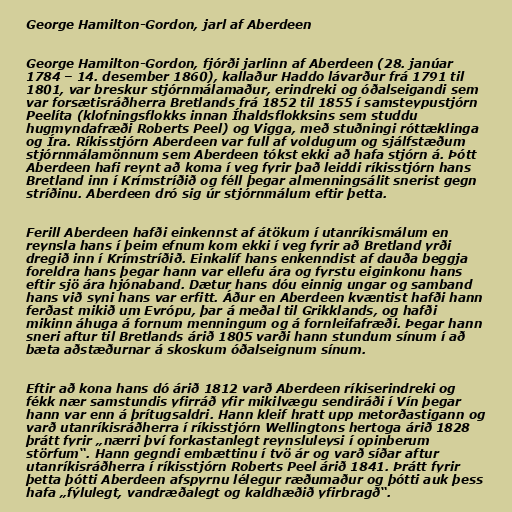
George Hamilton-Gordon, jarl af Aberdeen

George Hamilton-Gordon, fjórði jarlinn af Aberdeen (28. janúar
1784 – 14. desember 1860), kallaður Haddo lávarður frá 1791 til
1801, var breskur stjórnmálamaður, erindreki og óðalseigandi sem
var forsætisráðherra Bretlands frá 1852 til 1855 í samsteypustjórn
Peelíta (klofningsflokks innan Íhaldsflokksins sem studdu
hugmyndafræði Roberts Peel) og Vigga, með stuðningi róttæklinga
og Íra. Ríkisstjórn Aberdeen var full af voldugum og sjálfstæðum
stjórnmálamönnum sem Aberdeen tókst ekki að hafa stjórn á. Þótt
Aberdeen hafi reynt að koma í veg fyrir það leiddi ríkisstjórn hans
Bretland inn í Krímstríðið og féll þegar almenningsálit snerist gegn
stríðinu. Aberdeen dró sig úr stjórnmálum eftir þetta.

Ferill Aberdeen hafði einkennst af átökum í utanríkismálum en
reynsla hans í þeim efnum kom ekki í veg fyrir að Bretland yrði
dregið inn í Krímstríðið. Einkalíf hans enkenndist af dauða beggja
foreldra hans þegar hann var ellefu ára og fyrstu eiginkonu hans
eftir sjö ára hjónaband. Dætur hans dóu einnig ungar og samband
hans við syni hans var erfitt. Áður en Aberdeen kvæntist hafði hann
ferðast mikið um Evrópu, þar á meðal til Grikklands, og hafði
mikinn áhuga á fornum menningum og á fornleifafræði. Þegar hann
sneri aftur til Bretlands árið 1805 varði hann stundum sínum í að
bæta aðstæðurnar á skoskum óðalseignum sínum.

Eftir að kona hans dó árið 1812 varð Aberdeen ríkiserindreki og
fékk nær samstundis yfirráð yfir mikilvægu sendiráði í Vín þegar
hann var enn á þrítugsaldri. Hann kleif hratt upp metorðastigann og
varð utanríkisráðherra í ríkisstjórn Wellingtons hertoga árið 1828
þrátt fyrir „nærri því forkastanlegt reynsluleysi í opinberum
störfum“. Hann gegndi embættinu í tvö ár og varð síðar aftur
utanríkisráðherra í ríkisstjórn Roberts Peel árið 1841. Þrátt fyrir
þetta þótti Aberdeen afspyrnu lélegur ræðumaður og þótti auk þess
hafa „fýlulegt, vandræðalegt og kaldhæðið yfirbragð“.